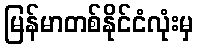
မြန်မာတစ်နိုင်ငံလုံးမှ